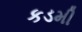
કડમી